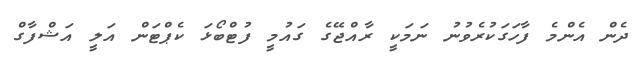
ދެން އެންމެ ފާހަގަކުރެވުނު ނަމަކީ ރާއްޖޭގެ ގައުމީ ފުޓްބޯޅަ ކެޕްޓަން އަލީ އަޝްފާގް